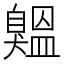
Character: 𦤨